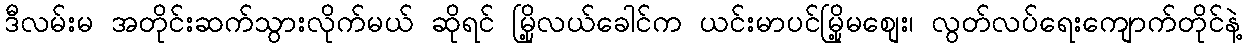
ဒီလမ်းမ အတိုင်းဆက်သွားလိုက်မယ် ဆိုရင် မြို့လယ်ခေါင်က ယင်းမာပင်မြို့မစျေး၊ လွတ်လပ်ရေးကျောက်တိုင်နဲ့